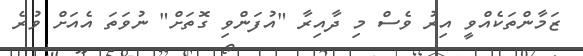
ޒަމާންތަކެއްވީ އިރު ވެސް މި ދާއިރާ "އުފަންވި ގޮތަށް" ނުވަތަ އެއަށް ވުރެ